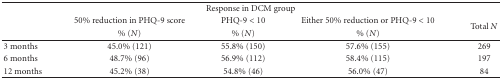
| <COLSPAN=5> Response in DCM group |
 | <ROWSPAN=2>  | 50% reduction in PHQ-9 score | PHQ-9 < 10 | Either 50% reduction or PHQ-9 < 10 | <ROWSPAN=2> Total N |
 | % (N) | % (N) | % (N) |
 | --- | --- | --- | --- | --- |
 | 3 months | 45.0% (121) | 55.8% (150) | 57.6% (155) | 269 |
 | 6 months | 48.7% (96) | 56.9% (112) | 58.4% (115) | 197 |
 | 12 months | 45.2% (38) | 54.8% (46) | 56.0% (47) | 84 |